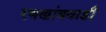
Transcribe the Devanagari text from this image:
रणखांबवाडी